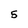
Character: 5